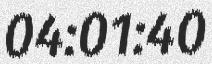
04:01:40